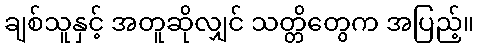
ချစ်သူနှင့် အတူဆိုလျှင် သတ္တိတွေက အပြည့်။